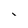
Character: i